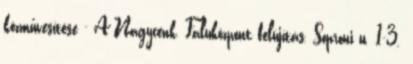
közművesítése - A Nagycenk, Faluközpont felújítás, Soproni u. 1-3.